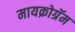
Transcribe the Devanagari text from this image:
मायक्रोग्रॅम